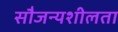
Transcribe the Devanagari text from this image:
सौजन्यशीलता